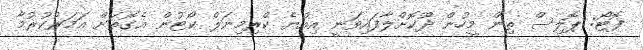
ފޮޓޯ: ޕޮލިސް ތިން މީހުން ދޫކޮށްލާފައިވަނީ އިއްޔެ ކްރިމިނަލް ކޯޓުން އެގޮތަށް އަމަރުކުރުމާ